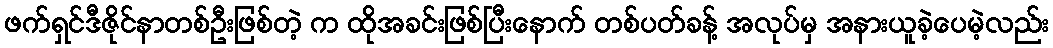
ဖက်ရှင်ဒီဇိုင်နာတစ်ဦးဖြစ်တဲ့ က ထိုအခင်းဖြစ်ပြီးနောက် တစ်ပတ်ခန့် အလုပ်မှ အနားယူခဲ့ပေမဲ့လည်း